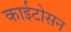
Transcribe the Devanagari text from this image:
काईटोसन